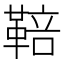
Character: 鞛